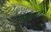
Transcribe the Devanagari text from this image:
पामऑप्लान्टर